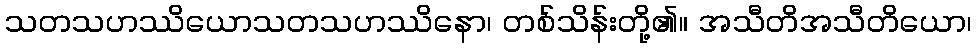
သတသဟဿိယောသတသဟဿိနော၊ တစ်သိန်းတို့၏။ အသီတိအသီတိယော၊